Indian journal of veterinary science and animal husbandry - Volume 14,
Year: 1944
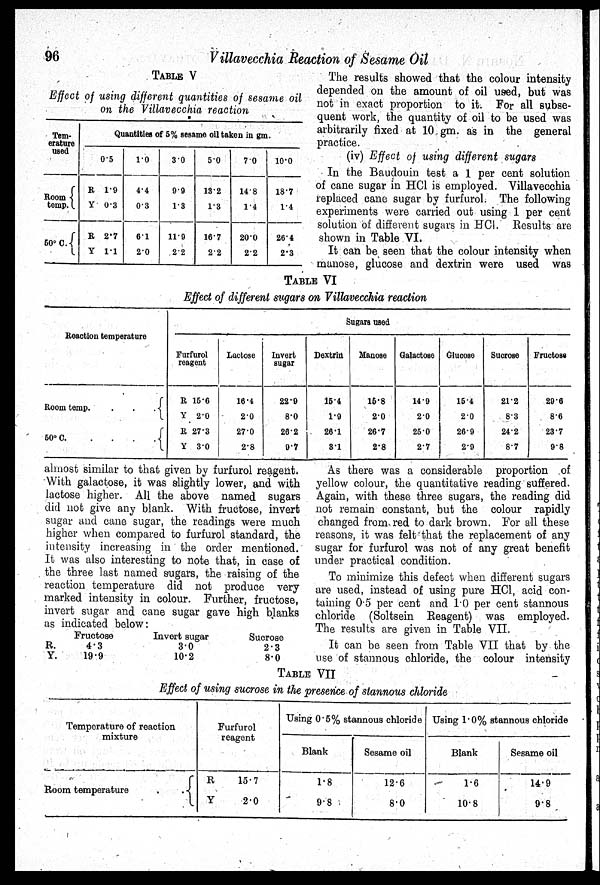
96
Villavecchia Reaction of Sesame Oil
TABLE V
Effect of using different quantities of sesame oil
on the Villavecchia reaction
Tem-
erature
used
Room
temp.
50° C.
Quantities of 5% sesame oil taken in gm.
0.5
R 1.9
Y 0.3
R 2.7
V 1.1
1.0
4.4
0.3
61
2.0
3.0
9.9
1.3
11.9
2.2
5.0
132
1.3
167
2.2
70
14.8
1.4
20.0
2.2
10.0
18.7
1.4
26.4
2.3
The results showed that the colour intensity
depended on the amount of oil used, but was
not in exact proportion to it. For all subse-
quent work, the quantity of oil to be used was
arbitrarily fixed at 10 gm. as in the general
practice.
(iv) Effect of using different sugars
In the Baudouin test a 1 per cent solution
of cane sugar in HCl is employed. Villavecchia
replaced cane sugar by furfurol. The following
experiments were carried out using 1 per cent
solution of different sugars in HCl. Results are
shown in Table VI.
It can be seen that the colour intensity when
manose, glucose and dextrin were used was
TABLE VI
Effect of different sugars on Villavecchia reaction
Reaction temperature
Room temp.
.
.
.
50°
C.
.
.
.
.
Sugars used
Furfurol
reagent
R 15.6
Y 2.0
R 27.3
Y 3.0
Lactose
16.4
2.0
27.0
2.8
Invert
sugar
22.9
8.0
26.2
9.7
Dextrin
15.4
1.9
26.1
3.1
Manose
15.8
2.0
26.7
2.8
Galactose
14.9
2.0
25.0
2.7
Glucose
15.4
2.0
26.9
2.9
Sucrose
21.2
8.3
24.2
8.7
Fructose
29.6
8.6
23.7
98
almost similar to that given by furfurol reagent.
With galactose, it was slightly lower, and with
lactose higher. All the above named sugars
did not give any blank. With fructose, invert
sugar and cane sugar, the readings were much
higher when compared to furfurol standard, the
intensity increasing in the order mentioned.
It was also interesting to note that, in case of
the three last named sugars, the raising of the
reaction temperature did not produce very
marked intensity in colour. Further, fructose,
invert sugar and cane sugar gave high blanks
as indicated below:
R.
Y.
Fructose
4.3
19.9
Invert sugar
30
10.2
Sucrose
2.3
8.0
As there was a considerable proportion of
yellow colour, the quantitative reading suffered.
Again, with these three sugars, the reading did
not remain constant, but the colour rapidly
changed from red to dark brown. For all these
reasons, it was felt that the replacement of any
sugar for furfurol was not of any great benefit
under practical condition.
To minimize this defect when different sugars
are used, instead of using pure HCl, acid con-
taining 0.5 per cent and 1.0 per cent stannous
chloride (Soltsein Reagent) was employed.
The results are given in Table VII.
It can be seen from Table VII that by the
use of stannous chloride, the colour intensity
TABLE VII
Effect of using sucrose in the presence of stannous chloride
Temperature of reaction
mixture
Room temperature
.
.
Furfurol
reagent
R
15.7
Y
2.0
Using 0.5% stannous chloride
Blank
1.8
9.8
Sesame oil
12.6
8.0
Using 1.0% stannous chloride
Blank
1.6
10.8
Sesame oil
14.9
9.8